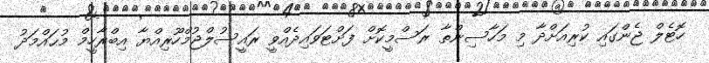
ހޮޓެލް ޖެންގައި ކުރިއަށްދާ މި މަހާސިންތާ ރަސްމީކޮށް ފަށްޓަވައިދެއްވީ ރަައީސުލްޖުމްހޫރިއްޔާ އިބްރާހީމް މުޙައްމަދު